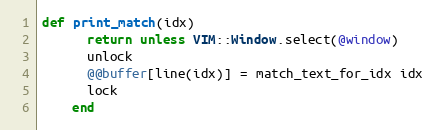
Language: Ruby
def print_match(idx)
      return unless VIM::Window.select(@window)
      unlock
      @@buffer[line(idx)] = match_text_for_idx idx
      lock
    end